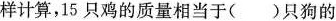
样计算，15只鸡的质量相当于( )只狗